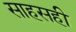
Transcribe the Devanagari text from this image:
साहसही